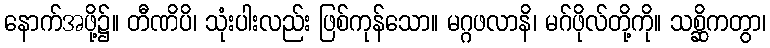
နောက်အဖို့၌။ တီဏိပိ၊ သုံးပါးလည်း ဖြစ်ကုန်သော။ မဂ္ဂဖလာနိ၊ မဂ်ဖိုလ်တို့ကို။ သစ္ဆိကတွာ၊